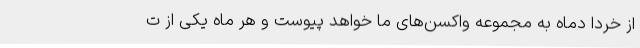
از خردا دماه به مجموعه واکسن‌های ما خواهد پیوست و هر ماه یکی از ت